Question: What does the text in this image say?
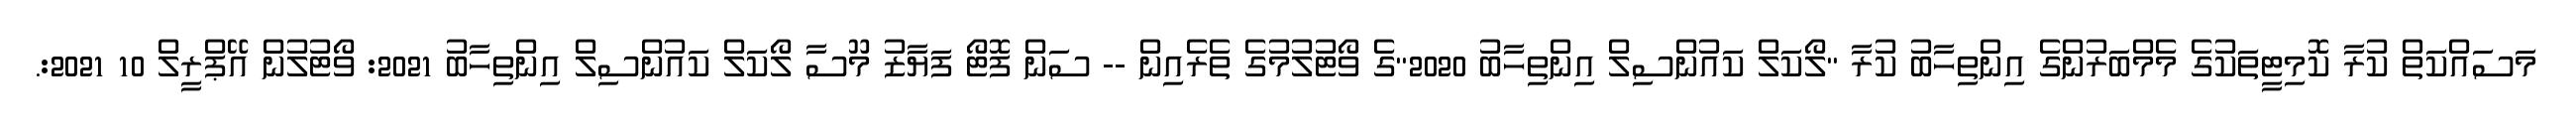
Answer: މަސައްކަތް ކުރާ ކޮމިޓީތަކުގެ މެމްބަރުންގެ އިންތިހާބު ކުރާ "ލޯކަލް ކައުންސިލް އިންތިހާބު 2020"ގެ ވޯޓުލުމުގެ ތެރެއިން -- ސަން ފޮޓޯ ފަޔާޒު މޫސާ ލޯކަލް ކައުންސިލް އިންތިހާބު 2021: ވޯޓުލުން އޭޕްރީލް 10 2021:.